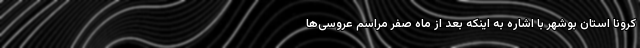
کرونا استان بوشهر با اشاره به اینکه بعد از ماه صفر مراسم عروسی‌ها